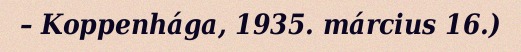
– Koppenhága, 1935. március 16.)